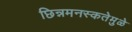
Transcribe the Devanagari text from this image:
छिन्नमनस्कतेमुळे